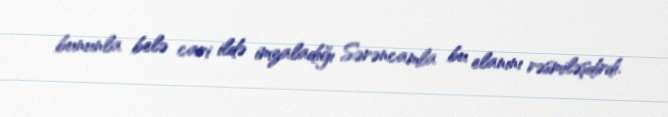
bununla belə cari ildə imzaladığı Sərəncamla bu elanını rəsmiləşdirdi.